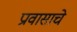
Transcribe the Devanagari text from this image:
प्रावासाचे